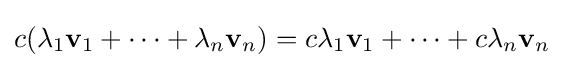
c(\lambda _{1}\mathbf {v} _{1}+\cdots +\lambda _{n}\mathbf {v} _{n})=c\lambda _{1}\mathbf {v} _{1}+\cdots +c\lambda _{n}\mathbf {v} _{n}